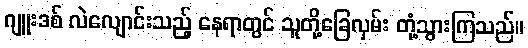
ဂျူးဒစ် လဲလျောင်းသည့် နေရာတွင် သူတို့ခြေလှမ်း တုံ့သွားကြသည်။